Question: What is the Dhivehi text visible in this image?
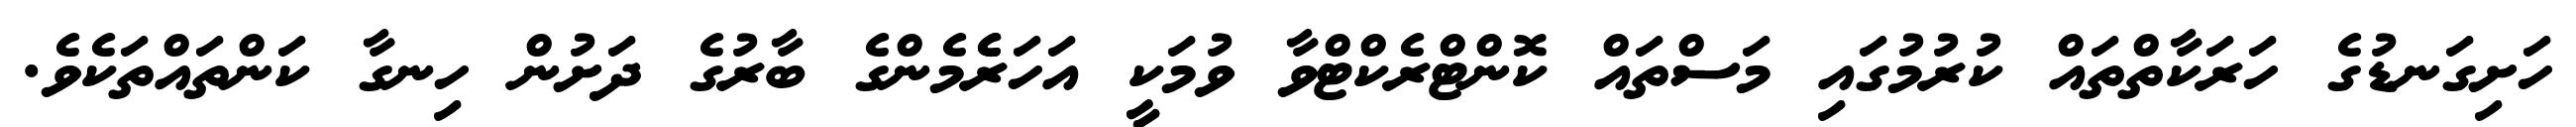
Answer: ހަށިގަނޑުގެ ހަރަކާތްތައް ކުރުމުގައި މަސްތައް ކޮންޓްރެކްޓްވާ ވުމަކީ އަހަރެެމެންގެ ބާރުގެ ދަށުން ހިނގާ ކަންތައްތަކެވެ.